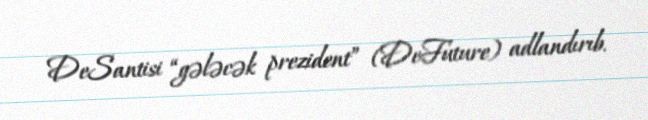
DeSantisi “gələcək prezident” (DeFuture) adlandırıb.